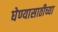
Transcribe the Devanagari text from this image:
घेण्यासाठीच्या